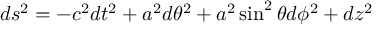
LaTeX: d s ^ { 2 } = - c ^ { 2 } d t ^ { 2 } + a ^ { 2 } d \theta ^ { 2 } + a ^ { 2 } \sin ^ { 2 } \theta d \phi ^ { 2 } + d z ^ { 2 }